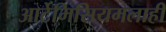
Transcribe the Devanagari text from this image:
आर्टेमिसियमलाही